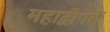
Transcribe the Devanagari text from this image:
महाद्वीपमें